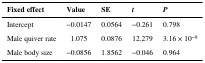
<table><thead><tr><td><b>Fixed effect</b></td><td><b>Value</b></td><td><b>SE</b></td><td><b><i>t</i></b></td><td><b><i>P</i></b></td></tr></thead><tbody><tr><td>Intercept</td><td>−0.0147</td><td>0.0564</td><td>−0.261</td><td>0.798</td></tr><tr><td>Male quiver rate</td><td>1.075</td><td>0.0876</td><td>12.279</td><td>3.16 × 10<sup>−9</sup></td></tr><tr><td>Male body size</td><td>−0.0856</td><td>1.8562</td><td>−0.046</td><td>0.964</td></tr></tbody></table>